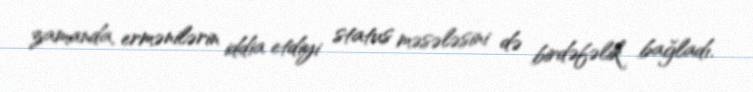
zamanda, ermənilərin iddia etdiyi status məsələsini də birdəfəlik bağladı.